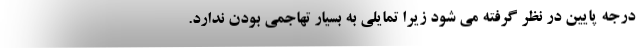
درجه پایین در نظر گرفته می شود زیرا تمایلی به بسیار تهاجمی بودن ندارد.